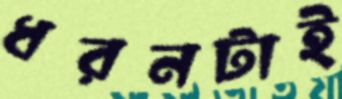
ধরনটাই